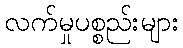
လက်မှုပစ္စည်းများ